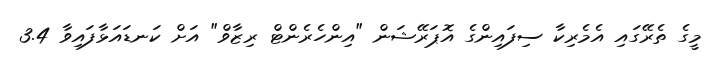
މީގެ ތެރޭގައި އެމެރިކާ ސިފައިންގެ އޮޕަރޭޝަން "އިންހެރެންޓް ރިޒާވް" އަށް ކަނޑައަޅާފައިވާ 3.4